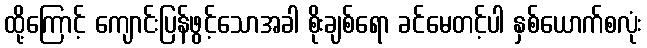
ထို့ကြောင့် ကျောင်းပြန်ဖွင့်သောအခါ စိုးချစ်ရော ခင်မေတင့်ပါ နှစ်ယောက်စလုံး